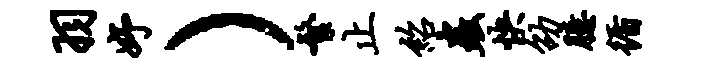
羽妤）繁止绍虫快劭臆循